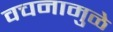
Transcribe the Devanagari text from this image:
वचनामुळे